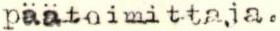
päätoimittaja.